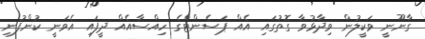
ގާނޫނީ ވަކީލުން ވިދާޅުވާ ގޮތުގައި އެއް ޕަސެންޓްގެ ހިއްސާއެއް ދީފައި އެވަނީ ކުންފުނި